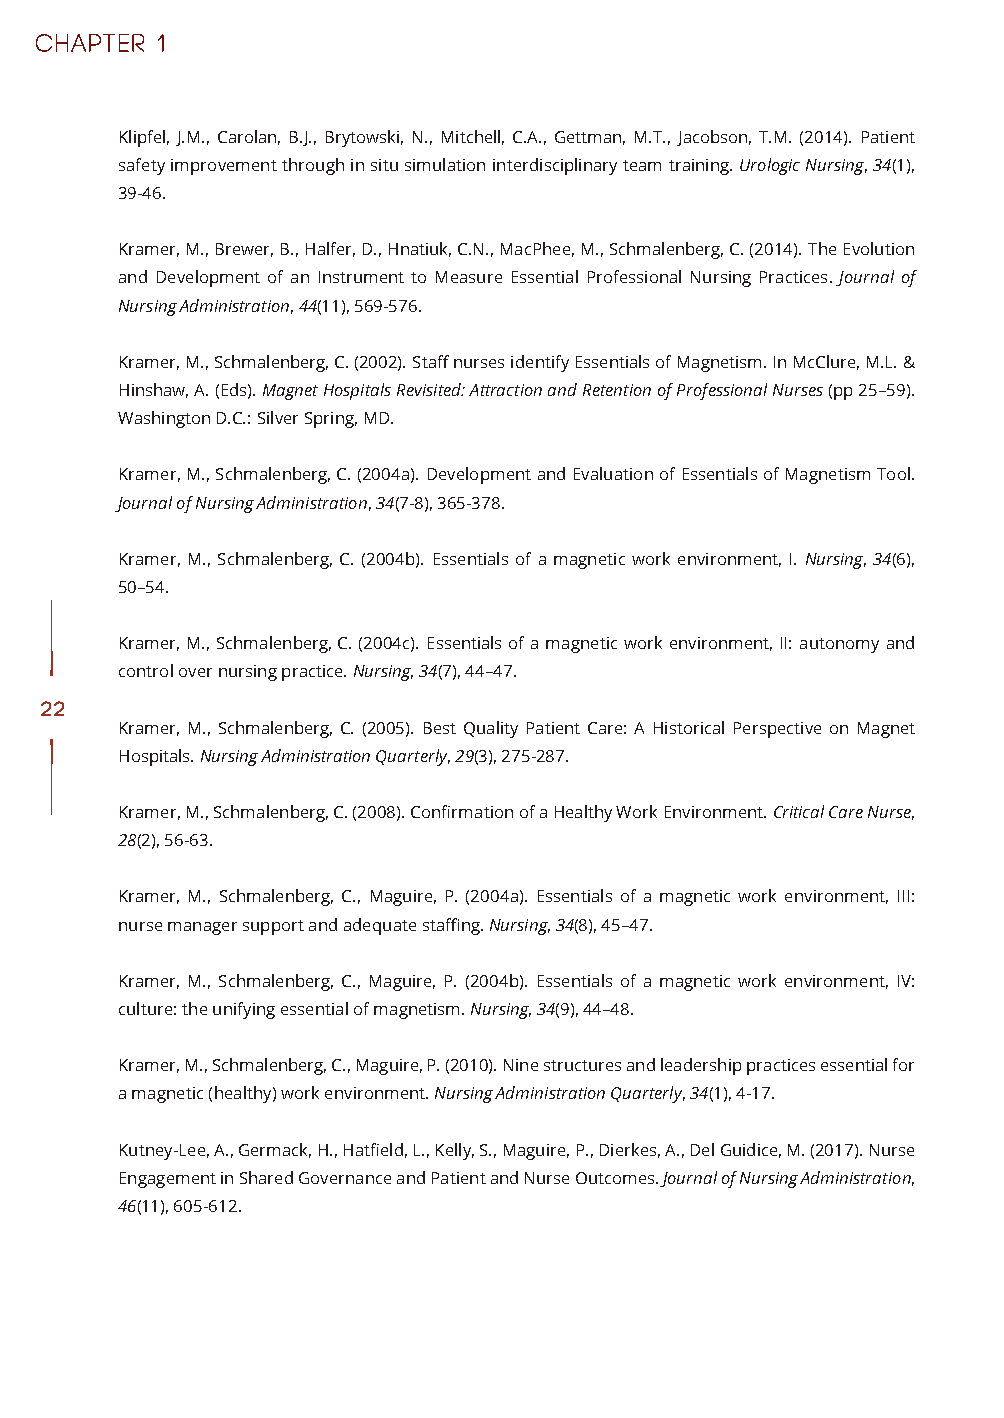
Klipfel, J.M., Carolan, B.J., Brytowski, N., Mitchell, C.A., Gettman, M.T., Jacobson, T.M. (2014). Patient
 safety improvement through in situ simulation interdisciplinary team training. Urologic Nursing, 34(1),
 39-46.
 Kramer, M., Brewer, B., Halfer, D., Hnatiuk, C.N., MacPhee, M., Schmalenberg, C. (2014). The Evolution
 and Development of an Instrument to Measure Essential Professional Nursing Practices. Journal of
 Nursing Administration, 44(11), 569-576.
 Kramer, M., Schmalenberg, C. (2002). Staff nurses identify Essentials of Magnetism. In McClure, M.L. &
 Hinshaw, A. (Eds). Magnet Hospitals Revisited: Attraction and Retention of Professional Nurses (pp 25–59).
 Washington D.C.: Silver Spring, MD.
 Kramer, M., Schmalenberg, C. (2004a). Development and Evaluation of Essentials of Magnetism Tool.
 Journal of Nursing Administration, 34(7-8), 365-378.
 Kramer, M., Schmalenberg, C. (2004b). Essentials of a magnetic work environment, I. Nursing, 34(6),
 50–54.
 Kramer, M., Schmalenberg, C. (2004c). Essentials of a magnetic work environment, II: autonomy and
 control over nursing practice. Nursing, 34(7), 44–47.
 22
 Kramer, M., Schmalenberg, C. (2005). Best Quality Patient Care: A Historical Perspective on Magnet
 Hospitals. Nursing Administration Quarterly, 29(3), 275-287.
 Kramer, M., Schmalenberg, C. (2008). Confirmation of a Healthy Work Environment. Critical Care Nurse,
 28(2), 56-63.
 Kramer, M., Schmalenberg, C., Maguire, P. (2004a). Essentials of a magnetic work environment, III:
 nurse manager support and adequate staffing. Nursing, 34(8), 45–47.
 Kramer, M., Schmalenberg, C., Maguire, P. (2004b). Essentials of a magnetic work environment, IV:
 culture: the unifying essential of magnetism. Nursing, 34(9), 44–48.
 Kramer, M., Schmalenberg, C., Maguire, P. (2010). Nine structures and leadership practices essential for
 a magnetic (healthy) work environment. Nursing Administration Quarterly, 34(1), 4-17.
 Kutney-Lee, A., Germack, H., Hatfield, L., Kelly, S., Maguire, P., Dierkes, A., Del Guidice, M. (2017). Nurse
 Engagement in Shared Governance and Patient and Nurse Outcomes. Journal of Nursing Administration,
 46(11), 605-612.